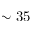
\sim 3 5